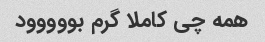
همه چی کاملا گرم بووووود